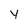
Character: y